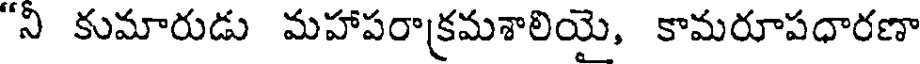
"న కుమారుడు మహాపరాక్రమశాలియై, కామరూపధారణా